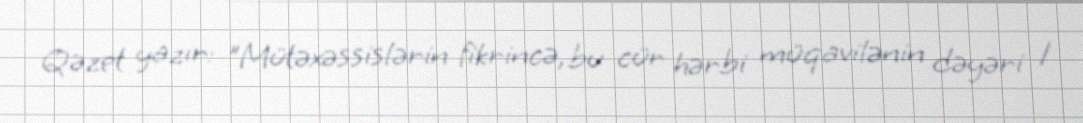
Qəzet yazır: "Mütəxəssislərin fikrincə, bu cür hərbi müqavilənin dəyəri 1